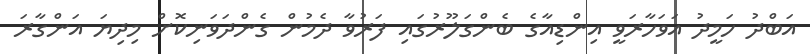
އަބްދު ހަމީދު އަވަހާރަވީ އިންޑިއާގެ ބެންގަލޫރުގައި ފަރުވާ ދެމުން ގެންދަވަނިކޮށް މިދިޔަ އަންގާރަ